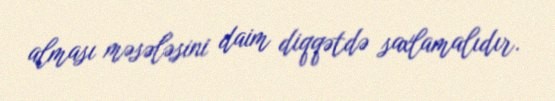
alması məsələsini daim diqqətdə saxlamalıdır.